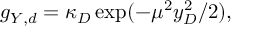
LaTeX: g _ { Y , d } = \kappa _ { D } \exp ( - \mu ^ { 2 } y _ { D } ^ { 2 } / 2 ) ,